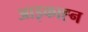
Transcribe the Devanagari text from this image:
आइकाह्न